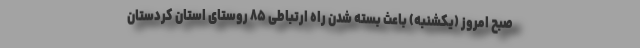
صبح امروز (یکشنبه) باعث بسته شدن راه ارتباطی ۸۵ روستای استان کردستان